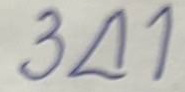
341